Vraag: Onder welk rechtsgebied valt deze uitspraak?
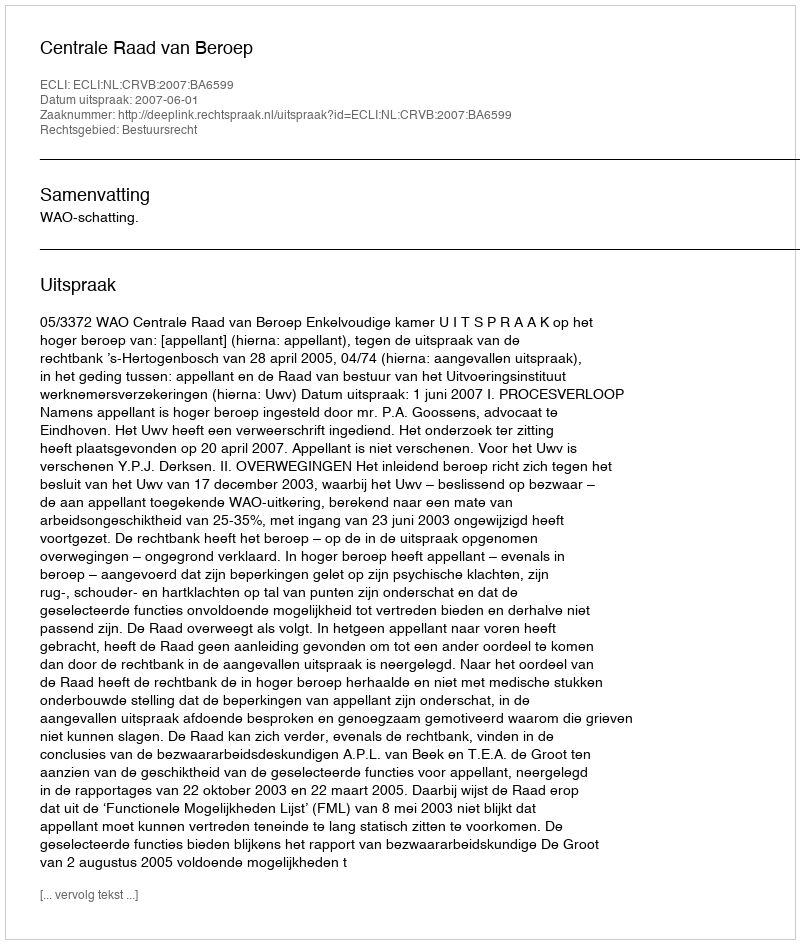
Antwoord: Bestuursrecht